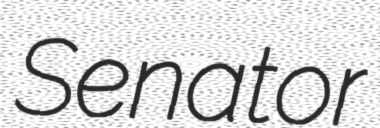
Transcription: Senator